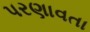
પરણાવતા